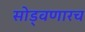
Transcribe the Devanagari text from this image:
सोड्वणारच